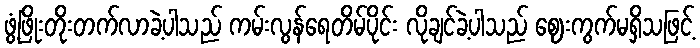
ဖွံ့ဖြိုးတိုးတက်လာခဲ့ပါသည် ကမ်းလွန်ရေတိမ်ပိုင်း လိုချင်ခဲ့ပါသည် ဈေးကွက်မရှိသဖြင့်